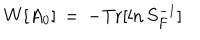
W [ A _ { 0 } ] \, = \, - \mathrm { T r } [ \ln S _ { F } ^ { - 1 } ]